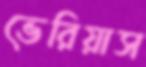
ভেরিয়াস